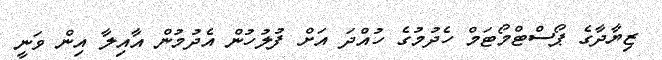
ޒިޔާދާގެ ޕޯސްޓްމޯޓަމް ހެދުމުގެ ހުއްދަ އަށް ފުލުހުން އެދުމުން އާއިލާ އިން ވަނީ